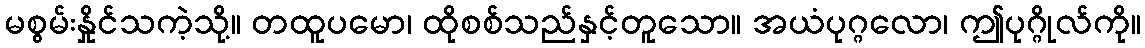
မစွမ်းနှိုင်သကဲ့သို့။ တထူပမော၊ ထိုစစ်သည်နှင့်တူသော။ အယံပုဂ္ဂလော၊ ဤပုဂ္ဂိုလ်ကို။